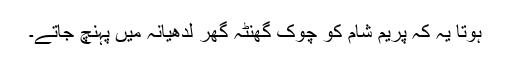
ہوتا یہ کہ پریم شام کو چوک گھنٹہ گھر لدھیانہ میں پہنچ جاتے۔